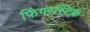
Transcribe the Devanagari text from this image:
फिंगरस्टिक